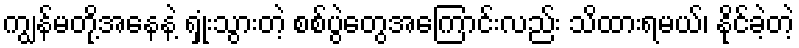
ကျွန်မတို့အနေနဲ့ ရှုံးသွားတဲ့ စစ်ပွဲတွေအကြောင်းလည်း သိထားရမယ်၊ နိုင်ခဲ့တဲ့